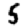
Digit: 5